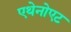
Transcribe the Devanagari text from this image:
एथेनोएट